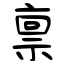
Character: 禀